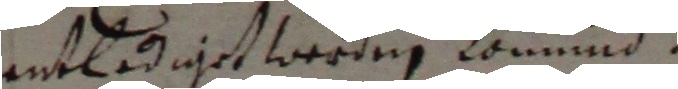
entlediget werden komnind.